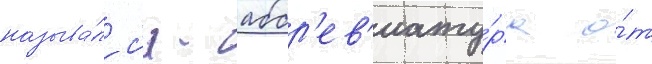
называ́лс'я - аббр'ев'иату́ра о́т